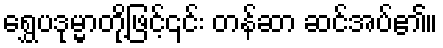
ရွှေပဒုမ္မာတို့ဖြင့်၎င်း တန်ဆာ ဆင်အပ်၏။